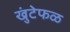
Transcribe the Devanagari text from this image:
खुंटेफळ